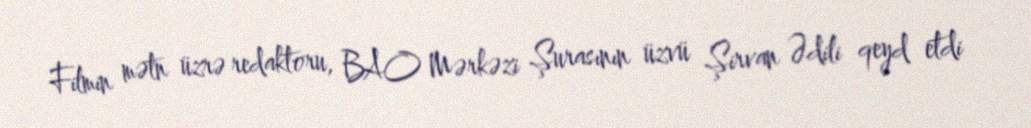
Filmin mətn üzrə redaktoru, BAO Mərkəzi Şurasının üzvü Şirvan Ədili qeyd etdi